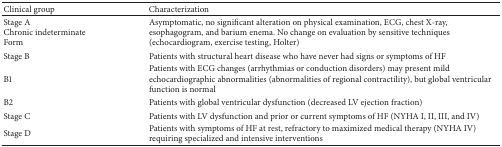
<table><thead><tr><td><b>Clinical group</b></td><td><b>Characterization</b></td></tr></thead><tbody><tr><td>Stage AChronic indeterminate Form</td><td>Asymptomatic, no significant alteration on physical examination, ECG, chest X-ray, esophagogram, and barium enema. No change on evaluation by sensitive techniques (echocardiogram, exercise testing, Holter)</td></tr><tr><td>Stage B </td><td>Patients with structural heart disease who have never had signs or symptoms of HF</td></tr><tr><td>B1</td><td>Patients with ECG changes (arrhythmias or conduction disorders) may present mild echocardiographic abnormalities (abnormalities of regional contractility), but global ventricular function is normal</td></tr><tr><td>B2</td><td>Patients with global ventricular dysfunction (decreased LV ejection fraction)</td></tr><tr><td>Stage C</td><td>Patients with LV dysfunction and prior or current symptoms of HF (NYHA I, II, III, and IV)</td></tr><tr><td>Stage D</td><td>Patients with symptoms of HF at rest, refractory to maximized medical therapy (NYHA IV) requiring specialized and intensive interventions</td></tr></tbody></table>